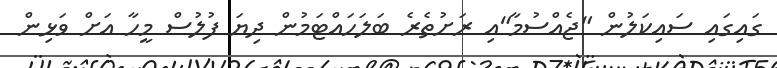
ގައިގައި ސައިކަލުން "ޖެއްސުމާ"އި ރަށުތެރެ ބަލަހައްޓަމުން ދިޔަ ފުލުސް މީހާ އަށް ވަޅިން